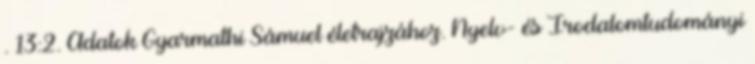
. 13:2. Adatok Gyarmathi Sámuel életrajzához. Nyelv- és Irodalomtudományi